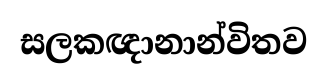
සලකඥානාන්විතව